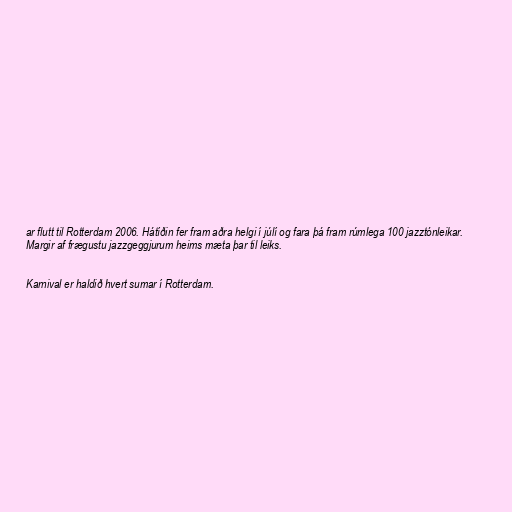
ar flutt til Rotterdam 2006. Hátíðin fer fram aðra helgi í júlí og fara þá fram rúmlega 100 jazztónleikar.
Margir af frægustu jazzgeggjurum heims mæta þar til leiks.

Karnival er haldið hvert sumar í Rotterdam.